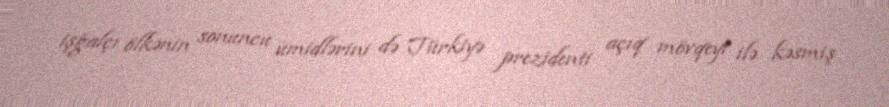
işğalçı ölkənin sonuncu ümidlərini də Türkiyə prezidenti açıq mövqeyi ilə kəsmiş